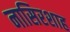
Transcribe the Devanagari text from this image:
नासिरशाह